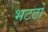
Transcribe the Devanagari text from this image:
भटठों